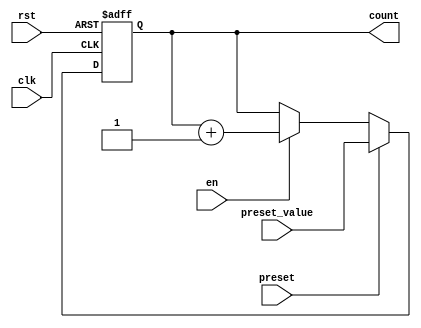
module presettable_counter (
    input wire clk,                // Clock signal
    input wire rst,                // Asynchronous reset signal
    input wire preset,             // Control signal for presetting
    input wire [3:0] preset_value, // 4-bit preset value
    input wire en,                // Enable signal for counting
    output reg [3:0] count         // 4-bit counter value
);

    // Always block triggered on the rising edge of the clock
    always @(posedge clk or posedge rst) begin
        if (rst) begin
            // Asynchronous reset
            count <= 4'b0000; // Initialize counter to zero
        end else if (preset) begin
            // Load preset value when preset signal is high
            count <= preset_value; 
        end else if (en) begin
            // Increment the counter when enabled
            count <= count + 1;
        end
    end

endmodule